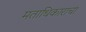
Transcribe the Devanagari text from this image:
मताधिकाराचा